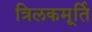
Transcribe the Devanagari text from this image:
त्रिलकमूर्ति